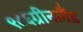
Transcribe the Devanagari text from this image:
९८६ग्रीनलैंड